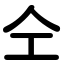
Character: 仝